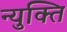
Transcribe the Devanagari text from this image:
न्युक्ति